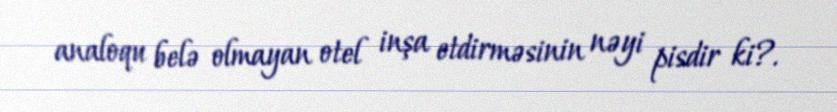
analoqu belə olmayan otel inşa etdirməsinin nəyi pisdir ki?.